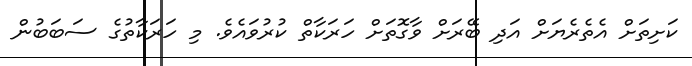
ކަށިތަށް އެތެރެޔަށް އަދި ބޭރަށް ވާގޮތަށް ހަރަކާތް ކުރުވައެވެ. މި ހަރަކާތުގެ ސަބަބުން